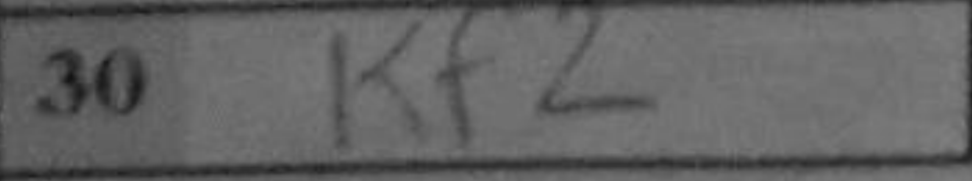
Transcription: Kf2